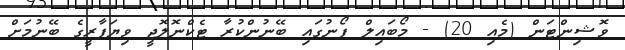
ވޮޝިންޓަން (މެއި 20) - މޯބައިލް ފޯނުގައި ބޭނުންކުރާ ޓެކްނޮލޮޖީ ވިޔަފާރީގެ ބޭނުމަށް